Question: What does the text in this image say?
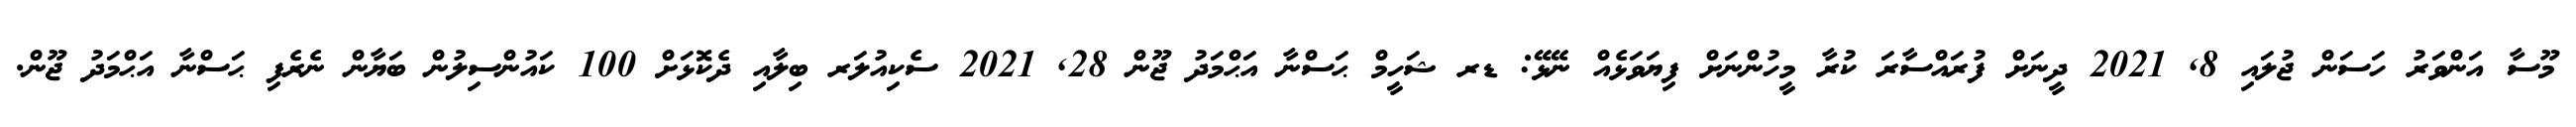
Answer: މޫސާ އަންވަރު ހަސަން ޖުލައި 8, 2021 ދީނަށް ފުރައްސާރަ ކުރާ މީހުންނަށް ފިޔަވަޅެއް ނޭޅޭ: ޑރ ޝަހީމް ޙަސްނާ އަޙްމަދު ޖޫން 28, 2021 ސެކިއުލަރ ބިލާއި ދެކޮޅަށް 100 ކައުންސިލުން ބަޔާން ނެރެފި ޙަސްނާ އަޙްމަދު ޖޫން.